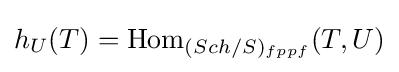
h_{U}(T)={\text{Hom}}_{(Sch/S)_{fppf}}(T,U)